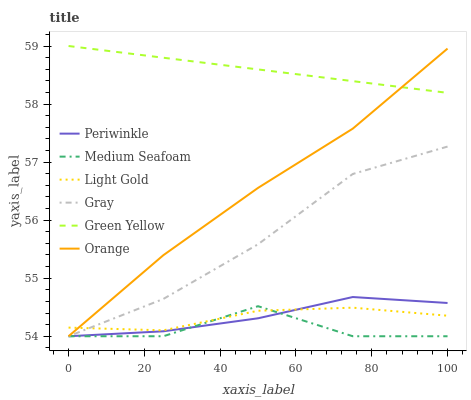
| xaxis_label | Periwinkle | Medium Seafoam | Light Gold | Gray | Green Yellow | Orange |
 | --- | --- | --- | --- | --- | --- | --- |
 | 0 | 54 | 54 | 54.1 | 54 | 59 | 54 |
 | 25 | 54.1 | 54 | 54.1 | 54.6 | 58.8 | 55.4 |
 | 50 | 54.3 | 54.5 | 54.4 | 55.6 | 58.6 | 56.6 |
 | 75 | 54.7 | 54 | 54.5 | 56.8 | 58.4 | 57.6 |
 | 100 | 54.6 | 54 | 54.4 | 57.3 | 58.2 | 59 |